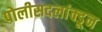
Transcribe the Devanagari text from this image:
पोलीसदलांक्डून